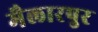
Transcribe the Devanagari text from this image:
मैलारपुर